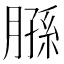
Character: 𫆮